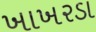
ખાખરડા